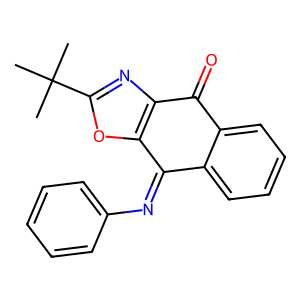
SMILES: CC(C)(C)c1nc2c(o1)C(=Nc1ccccc1)c1ccccc1C2=O
Inhibits HIV replication: No